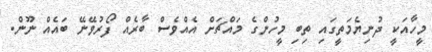
މީހާއަކީ ދުނިޔެމަތީގައި ތިބި މީހުންގެ މައްޗަށް އެއްވެސް ބާރެއް ފޯރުވޭނޭ ބައެއް ނޫން.